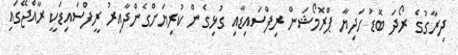
ދިރާގުގެ ރޯދަ ބޮޑު ހަދިޔާ ޕްރޮމޯޝަން ރިފްސައިޑާއި ގުޅިގެން ކުރިޔަށްގެންދާއިރު ރީފްސައިޑަކީ ރާއްޖޭގައި